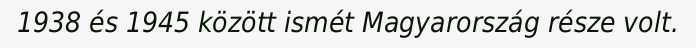
1938 és 1945 között ismét Magyarország része volt.